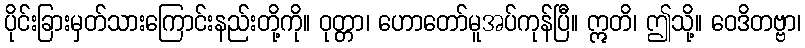
ပိုင်းခြားမှတ်သားကြောင်းနည်းတို့ကို။ ဝုတ္တာ၊ ဟောတော်မူအပ်ကုန်ပြီ။ ဣတိ၊ ဤသို့။ ဝေဒိတဗ္ဗာ၊